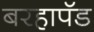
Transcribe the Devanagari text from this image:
बरहापॅड